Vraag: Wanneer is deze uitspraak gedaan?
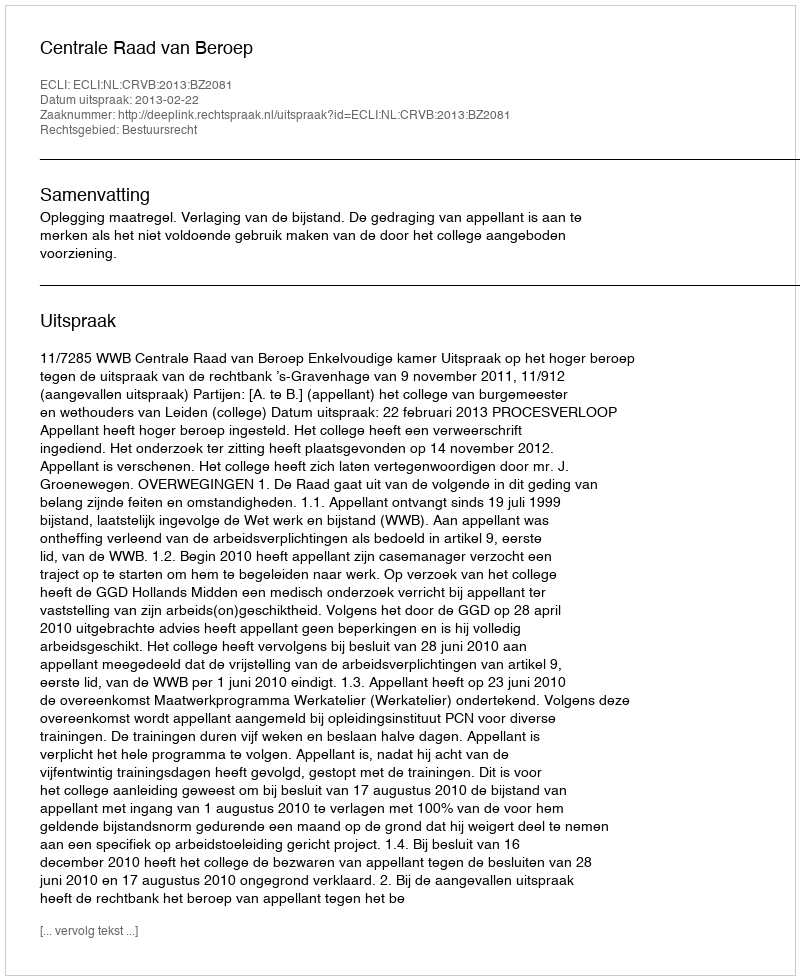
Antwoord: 2013-02-22